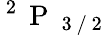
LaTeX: ^\mathrm{~2~}\mathrm{~P~}_{\mathrm{~3~/~2~}}